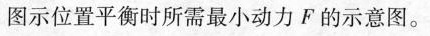
图示位置平衡时所需最小动力F的示意图。